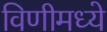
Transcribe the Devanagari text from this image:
विणीमध्ये